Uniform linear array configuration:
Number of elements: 4
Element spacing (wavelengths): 1
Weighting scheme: kaiser
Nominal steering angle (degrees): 0
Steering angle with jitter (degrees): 0.1214
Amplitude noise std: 0.05
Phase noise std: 0.05

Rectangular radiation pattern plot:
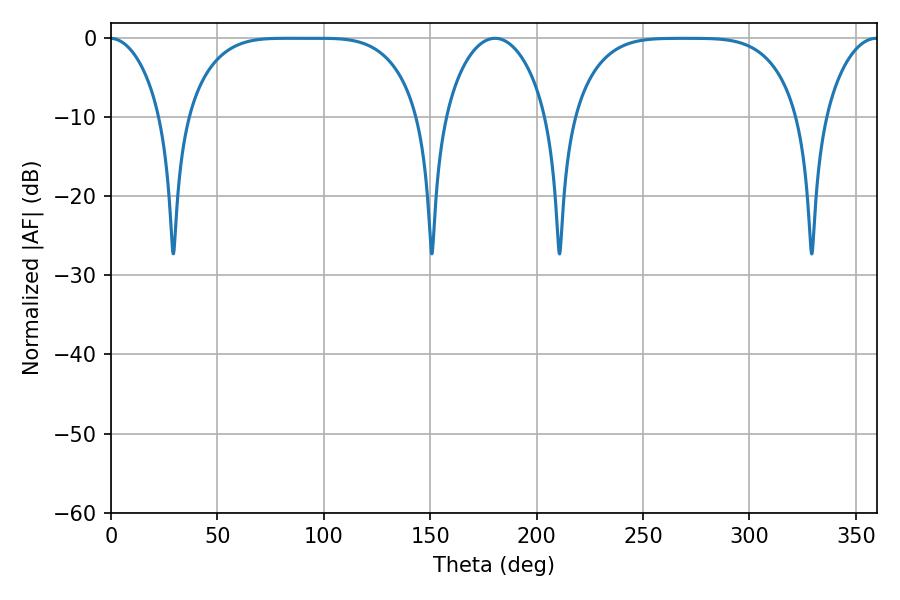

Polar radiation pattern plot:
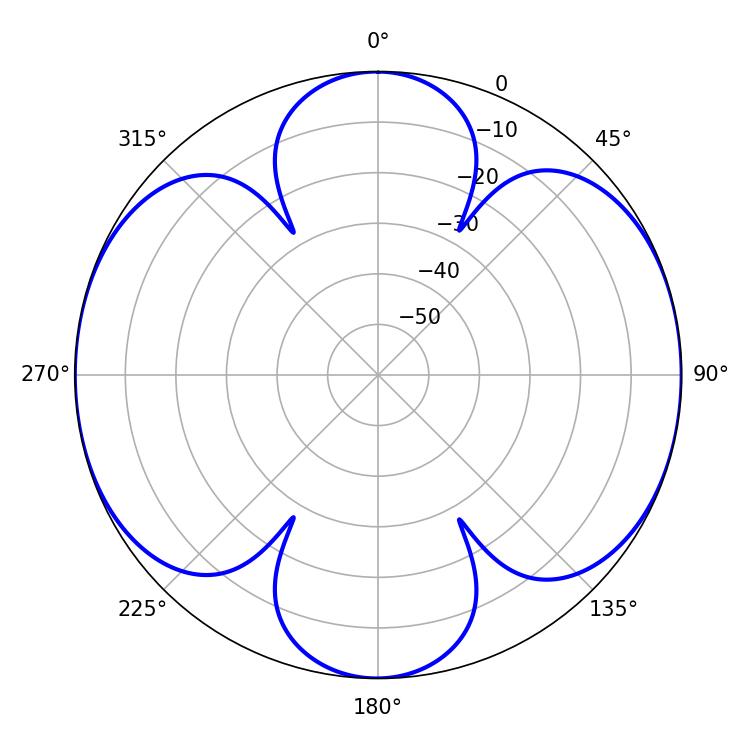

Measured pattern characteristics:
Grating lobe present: TRUE
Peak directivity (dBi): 17.142
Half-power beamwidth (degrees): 82.08
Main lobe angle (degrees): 82.8